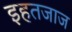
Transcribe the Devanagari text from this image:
इहतजाज